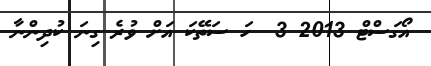
އޯގަސްޓް 2013 3  ހަ ސަތޭކަ އަށް ވުރެ ގިނަ ކުދިންނާ